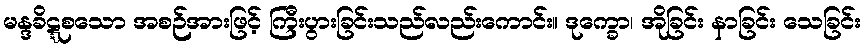
မန္ဒခိဋ္ဋစသော အစဉ်အားဖြင့် ကြီးပွားခြင်းသည်လည်းကောင်း။ ဒုက္ခော၊ အိုခြင်း နာခြင်း သေခြင်း